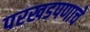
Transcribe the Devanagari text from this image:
परखडपणाचे